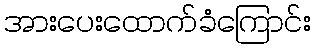
အားပေးထောက်ခံကြောင်း